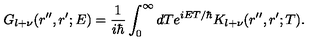
G _ { l + \nu } ( r ^ { \prime \prime } , r ^ { \prime } ; E ) = \frac { 1 } { i \hbar } \int _ { 0 } ^ { \infty } d T e ^ { i E T / \hbar } K _ { l + \nu } ( r ^ { \prime \prime } , r ^ { \prime } ; T ) .